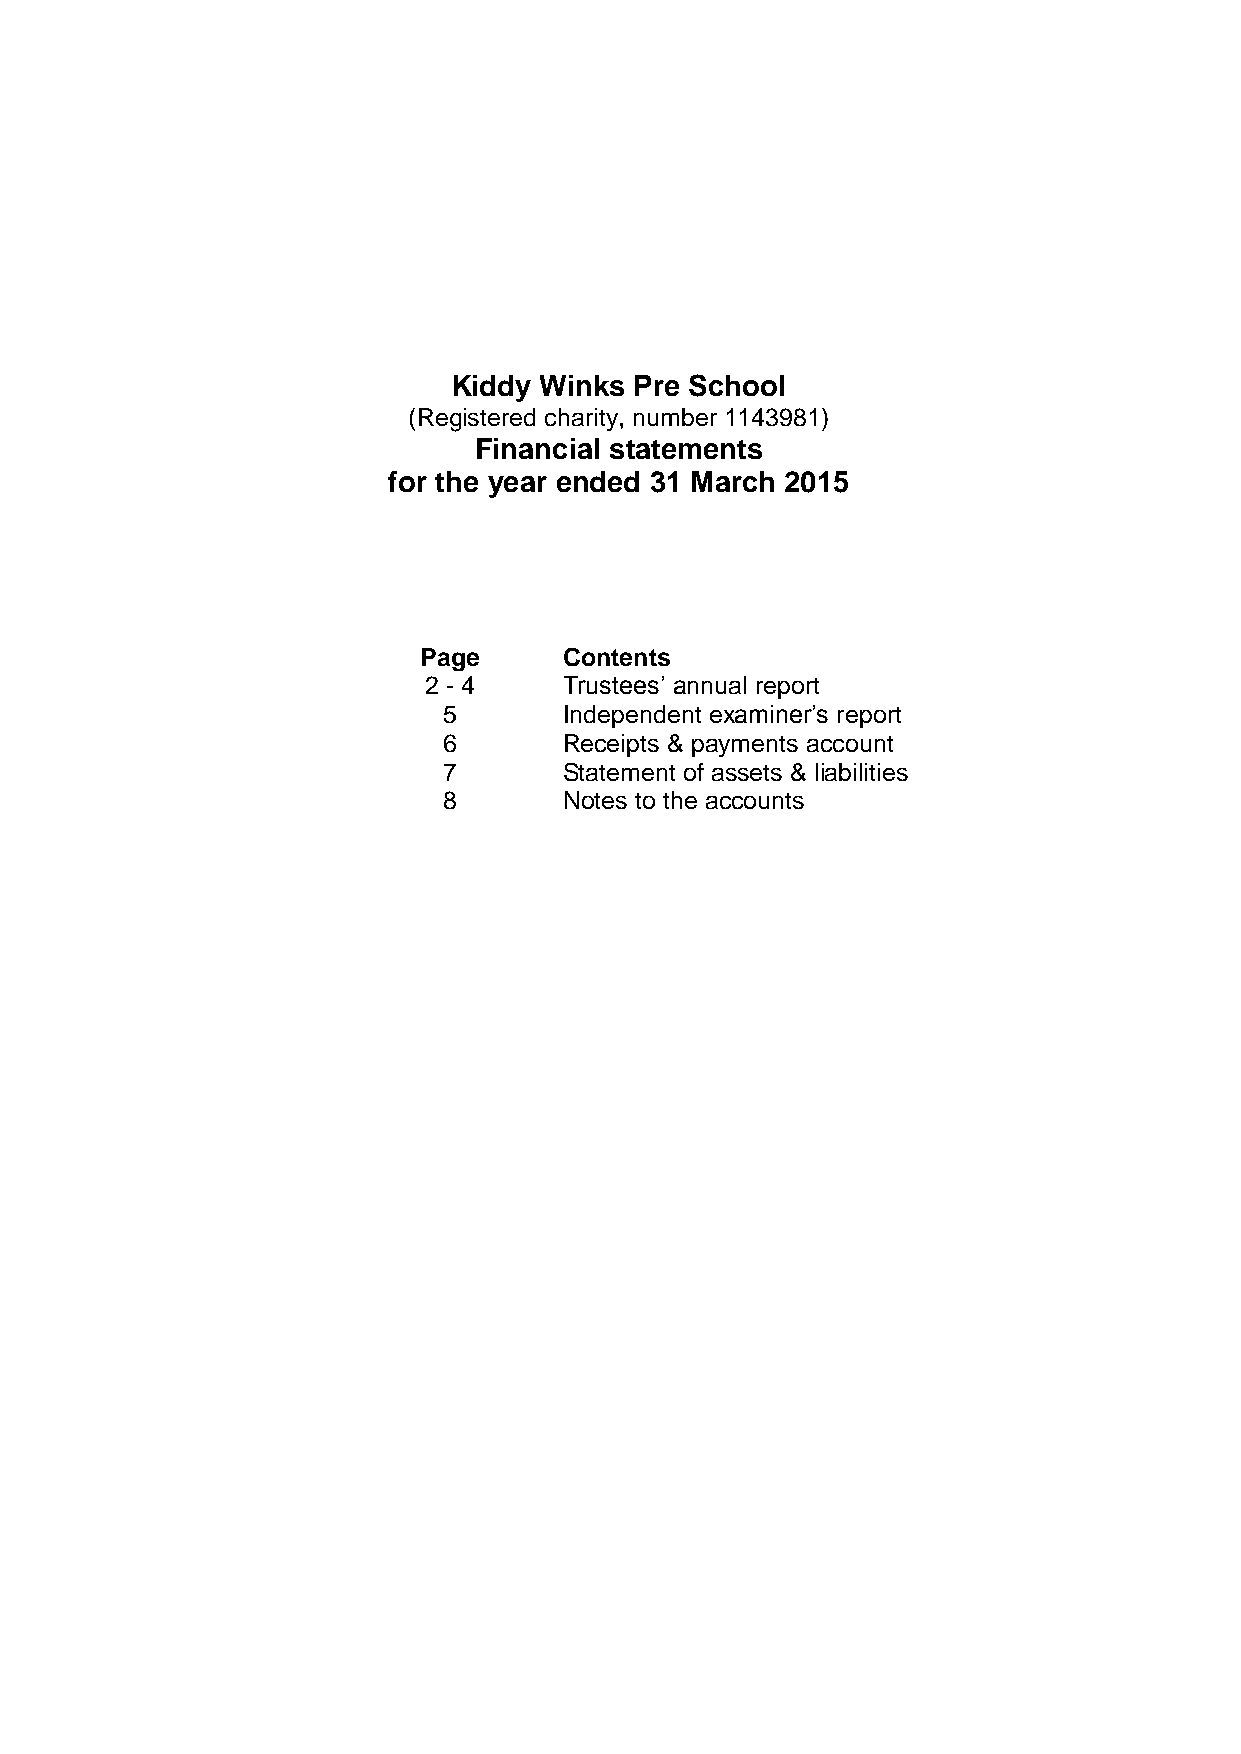
Kiddy Winks Pre School
 (Registered charity, number 1143981)
 Financial statements
 for the year ended 31 March 2015
 Page     Contents
 2 - 4    Trustees‟ annual report
 5       Independent examiner‟s report
 6       Receipts & payments account
 7       Statement of assets & liabilities
 8       Notes to the accounts